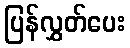
ပြန်လွှတ်ပေး